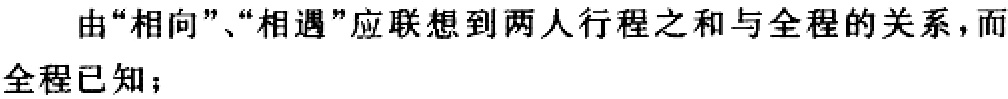
由“相向”、“相遇”应联想到两人行程之和与全程的关系，而全程已知；